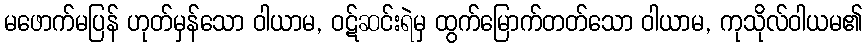
မဖောက်မပြန် ဟုတ်မှန်သော ဝါယာမ, ဝဋ်ဆင်းရဲမှ ထွက်မြောက်တတ်သော ဝါယာမ, ကုသိုလ်ဝါယမ၏